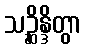
သဉ္ဆိန္ဒိတွာ